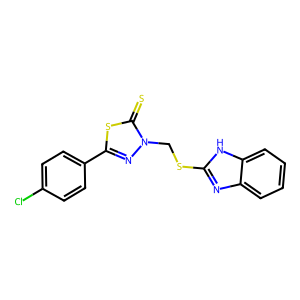
SMILES: S=c1sc(-c2ccc(Cl)cc2)nn1CSc1nc2ccccc2[nH]1
Inhibits HIV replication: No